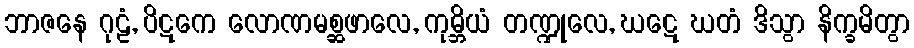
ဘာဇနေ ဂုဠံ, ပိဋကေ လောဏမစ္ဆဖာလေ, ကုမ္ဘိယံ တဏ္ဍုလေ, ဃဋေ ဃတံ ဒိသွာ နိက္ခမိတွာ